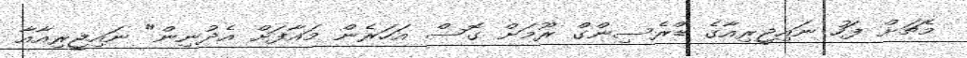
މެޗަށް ފަހު ނައިޖީރިއާގެ ޑްރެސިންގް ރޫމަށް ގޮސް އަހަރެން މައާފަށް އެދުނިން" ނައިޖީރިއާއާ